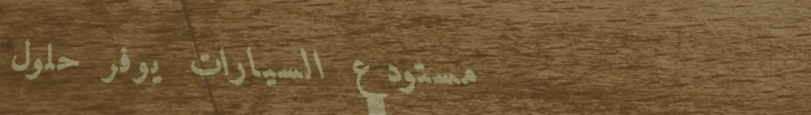
مستودع السيارات يوفر حلول